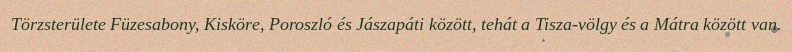
Törzsterülete Füzesabony, Kisköre, Poroszló és Jászapáti között, tehát a Tisza-völgy és a Mátra között van.